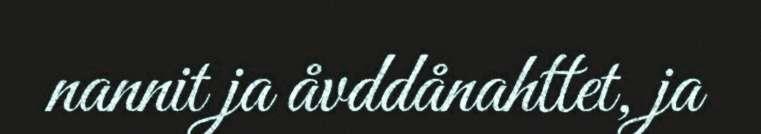
nannit ja åvddånahttet, ja